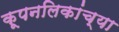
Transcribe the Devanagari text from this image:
कूपनलिकांच्या